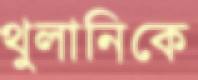
থুলানিকে